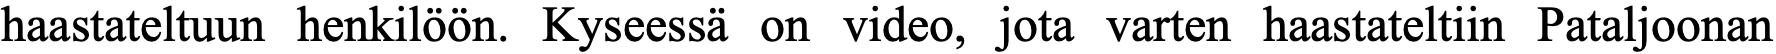
haastateltuun henkilöön. Kyseessä on video, jota varten haastateltiin Pataljoonan